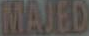
MAJED